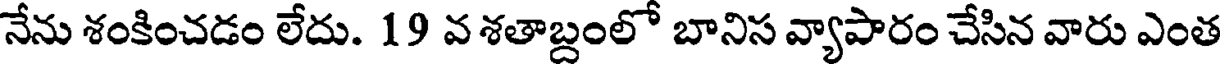
నేను శంకించడం లేదు. 19 వ శతాబ్దంలో బానిస వ్యాపారం చేసిన వారు ఎంత